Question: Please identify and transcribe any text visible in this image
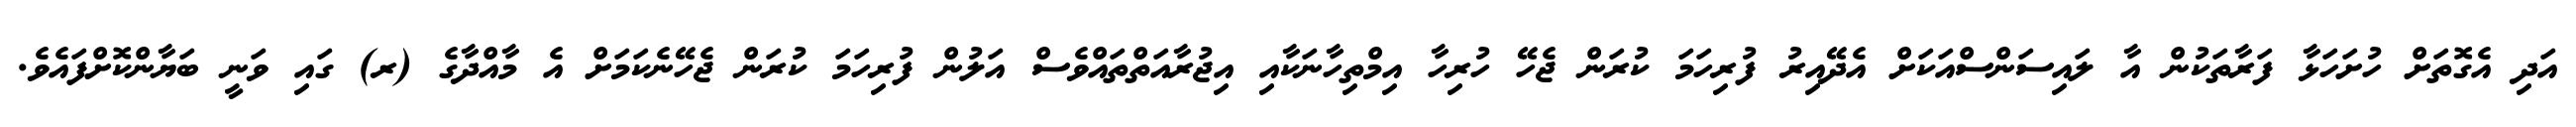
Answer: އަދި އެގޮތަށް ހުށަހަޅާ ފަރާތަކުން އާ ލައިސަންސްއަކަށް އެދޭއިރު ފުރިހަމަ ކުރަން ޖެހޭ ހުރިހާ އިމްތިހާނަކާއި އިޖުރާއަތްތައްވެސް އަލުން ފުރިހަމަ ކުރަން ޖެހޭނެކަމަށް އެ މާއްދާގެ (ރ) ގައި ވަނީ ބަޔާންކޮށްފައެވެ.